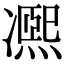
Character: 凞